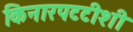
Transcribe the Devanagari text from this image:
किनारपटटीशी